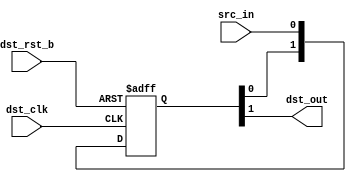
/*Copyright 2020-2021 T-Head Semiconductor Co., Ltd.

Licensed under the Apache License, Version 2.0 (the "License");
you may not use this file except in compliance with the License.
You may obtain a copy of the License at

    http://www.apache.org/licenses/LICENSE-2.0

Unless required by applicable law or agreed to in writing, software
distributed under the License is distributed on an "AS IS" BASIS,
WITHOUT WARRANTIES OR CONDITIONS OF ANY KIND, either express or implied.
See the License for the specific language governing permissions and
limitations under the License.
*/
module tdt_dmi_sync_dff #(
    parameter    SYNC_NUM = 2
)(
    input        dst_clk,
    input        dst_rst_b,
    input        src_in,
    output       dst_out
);

reg  [SYNC_NUM-1:0] sync_ff;

always @ (posedge dst_clk or negedge dst_rst_b) begin
    if (!dst_rst_b)
        sync_ff[SYNC_NUM-1:0] <= {SYNC_NUM{1'b0}};
    else 
        sync_ff[SYNC_NUM-1:0] <= {sync_ff[SYNC_NUM-2:0], src_in};
end

assign dst_out = sync_ff[SYNC_NUM-1];

endmodule